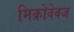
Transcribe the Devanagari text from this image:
मिक्रोवेवज